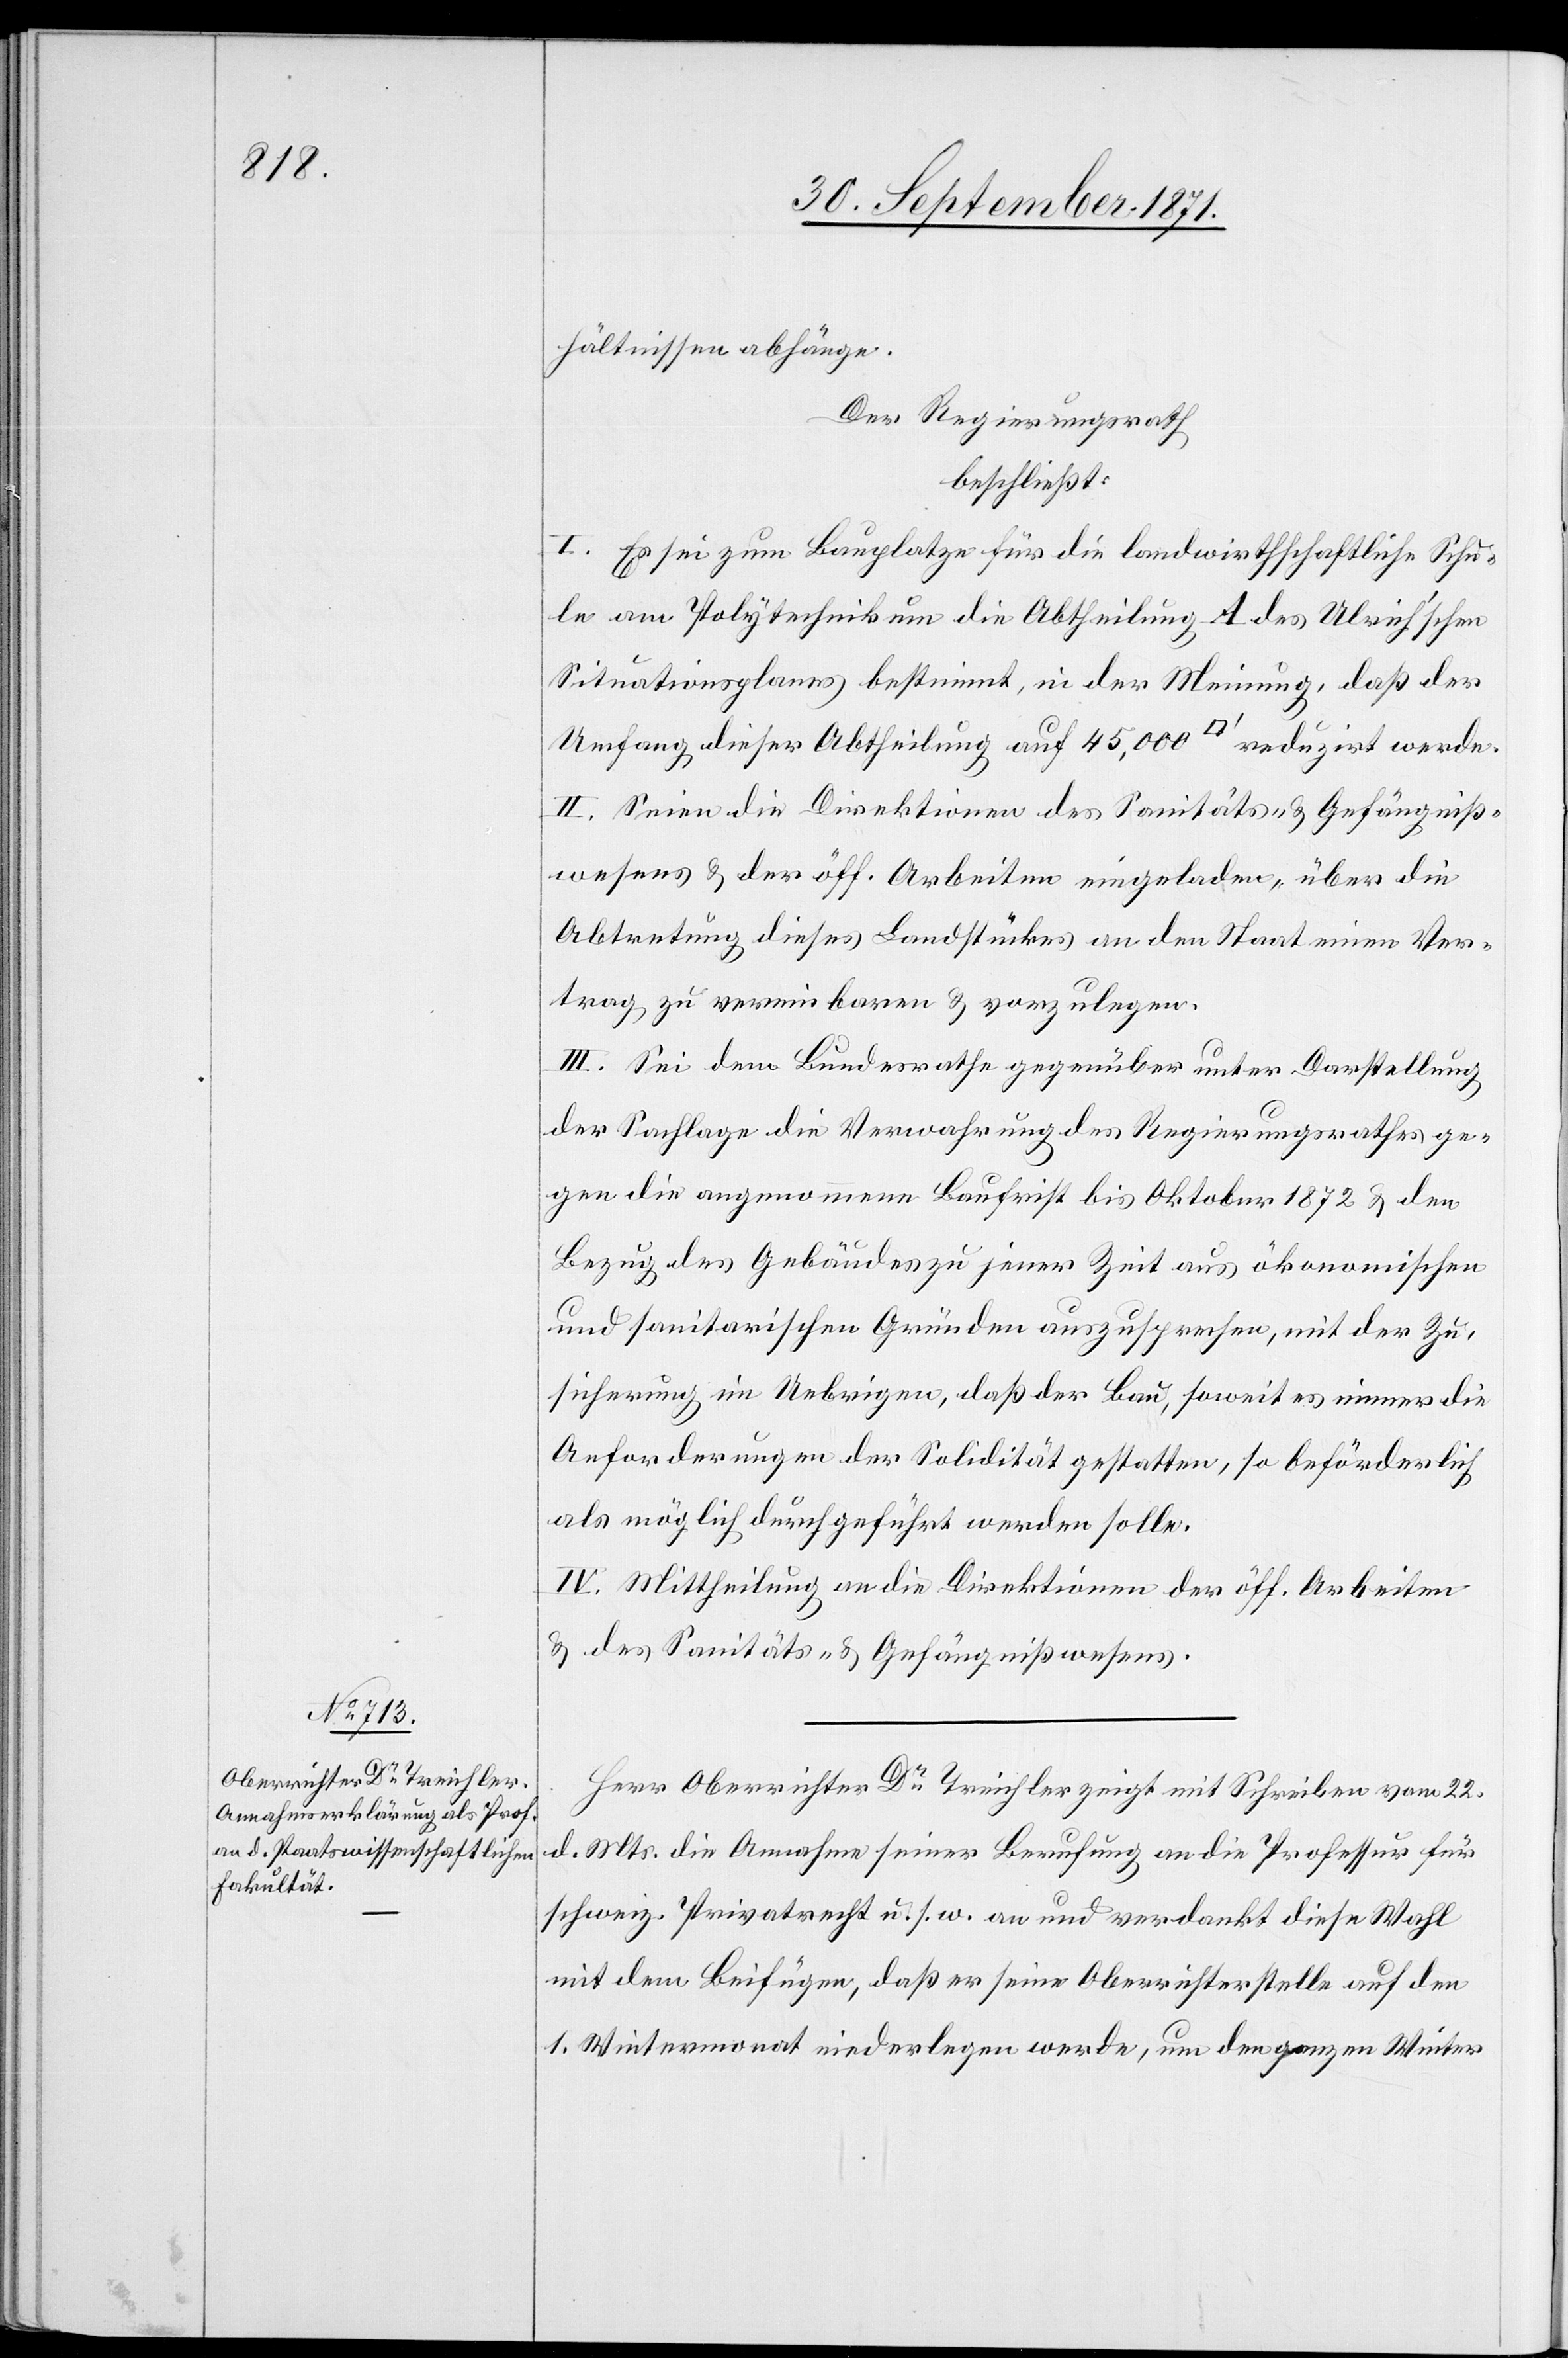
hältnissen abhänge.
Der Regierungsrath
beschließt:
I. Es sei zum Bauplatze für die landwirthschaftliche Schu¬
le am Polytechnikum die Abtheilung A des Ulrich’schen
Situationsplanes bestimmt, in der Meinung, daß der
Umfang dieser Abtheilung auf 45,000 [Quadratfuß] reduzirt werde.
II. Seien die Direktionen des Sanitäts- & Gefängniß¬
wesens & der öff. Arbeiten eingeladen, über die
Abtretung dieses Landstückes an den Staat einen Ver¬
trag zu vereinbaren & vorzulegen.
III. Sei dem Bundesrathe gegenüber unter Darstellung
der Sachlage die Verwahrung des Regierungsrathes ge¬
gen die angenommene Baufrist bis Oktober 1872 & den
Bezug des Gebäudes zu jener Zeit aus ökonomischen
und sanitarischen Gründen auszusprechen, mit der Zu¬
sicherung im Uebrigen, daß der Bau, soweit es immer die
Anforderungen der Solidität gestatten, so beförderlich
als möglich durchgeführt werden solle.
IV. Mittheilung an die Direktionen der öff. Arbeiten
& des Sanitäts- & Gefängnißwesens.
Herr Oberrichter Dr Treichler zeigt mit Schreiben vom 22.
d. Mts. die Annahme seiner Berufung an die Professur für
schweiz. Privatrecht u. s. w. an und verdankt diese Wahl
mit dem Beifügen, daß er seine Oberrichterstelle auf den
1. Wintermonat niederlegen werde, um den ganzen Winter